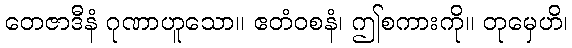
တေဇာဒီနံ ဂုဏာဟူသော။ ဧတံဝစနံ၊ ဤစကားကို။ တုမှေဟိ၊